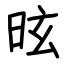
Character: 昡